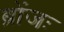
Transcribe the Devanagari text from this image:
ब्रोंजः